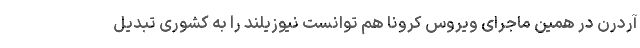
آردرن در همین ماجرای ویروس کرونا هم توانست نیوزیلند را به کشوری تبدیل